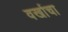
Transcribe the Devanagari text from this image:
वर्खाचा